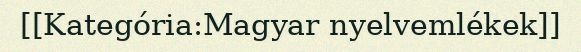
[[Kategória:Magyar nyelvemlékek]]